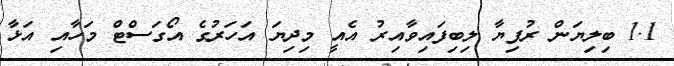
1.1 ބިލިޔަން ރުފިޔާ ލިބިފައިވާއިރު އެއީ މިދިޔަ އަހަރުގެ އޯގަސްޓް މަހާއި އަޅާ